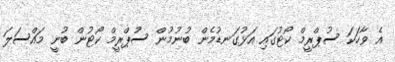
އެ ވާހަކަ ސުޕްރީމް ކޯޓުގައި އަޅުގަނޑުމެން ބުނުމުން ސުޕްރީމް ކޯޓުން ބުނީ މައްސަލަ